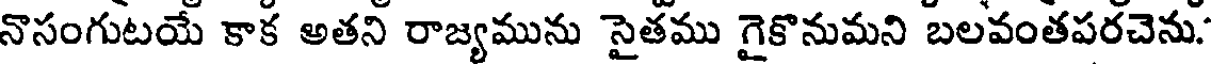
నొసంగుటయే కాక అతని రాజ్యమును సైతము గైకొనుమని బలవంతపరచెను.